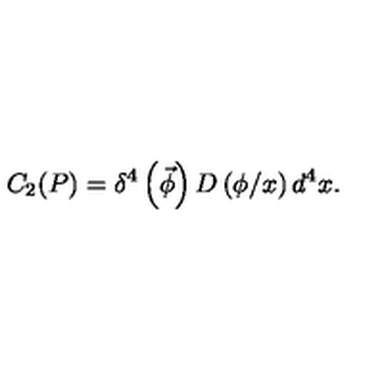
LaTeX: C _ { 2 } ( P ) = \delta ^ { 4 } \left( \vec { \phi } \right) D \left( \phi / x \right) d ^ { 4 } x .